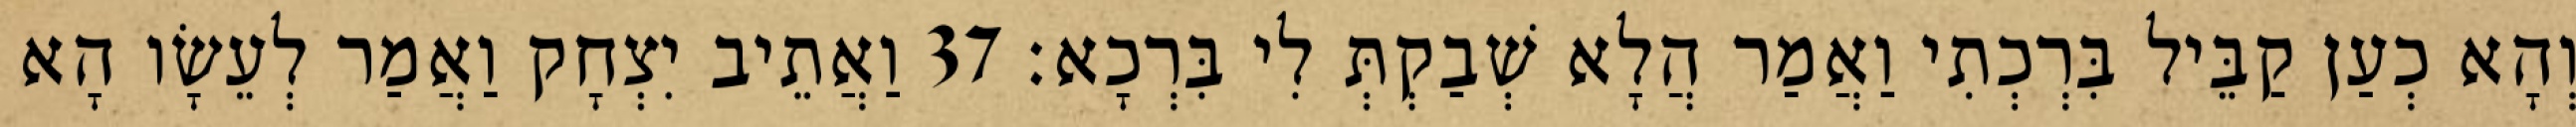
וְהָא כְעַן קַבֵּיל בִּרְכְתִי וַאֲמַר הֲלָא שְׁבַקְתְּ לִי בִּרְכָא׃ 37 וַאֲתֵיב יִצְחָק וַאֲמַר לְעֵשָׂו הָא